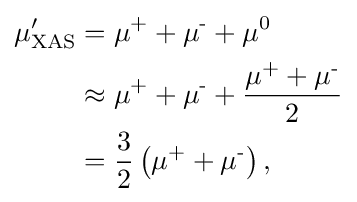
{\begin{aligned}\mu _{\text{XAS}}'&=\mu ^{\text{+}}+\mu ^{\text{-}}+\mu ^{\text{0}}\\&\approx \mu ^{\text{+}}+\mu ^{\text{-}}+{\frac {\mu ^{\text{+}}+\mu ^{\text{-}}}{2}}\\&={\frac {3}{2}}\left(\mu ^{\text{+}}+\mu ^{\text{-}}\right),\end{aligned}}